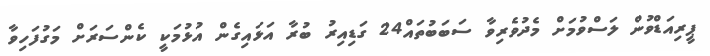
ޕީރިއަޑްވުން ލަސްވުމަށް މެދުވެރިވާ ސަބަބުތައް24 ގަޑިއިރު ބުރާ އަޅައިގެން އުޅުމަކީ ކެންސަރަށް މަގުފަހިވާ